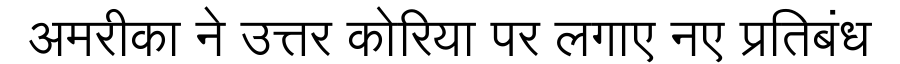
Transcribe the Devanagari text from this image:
अमरीका ने उत्तर कोरिया पर लगाए नए प्रतिबंध